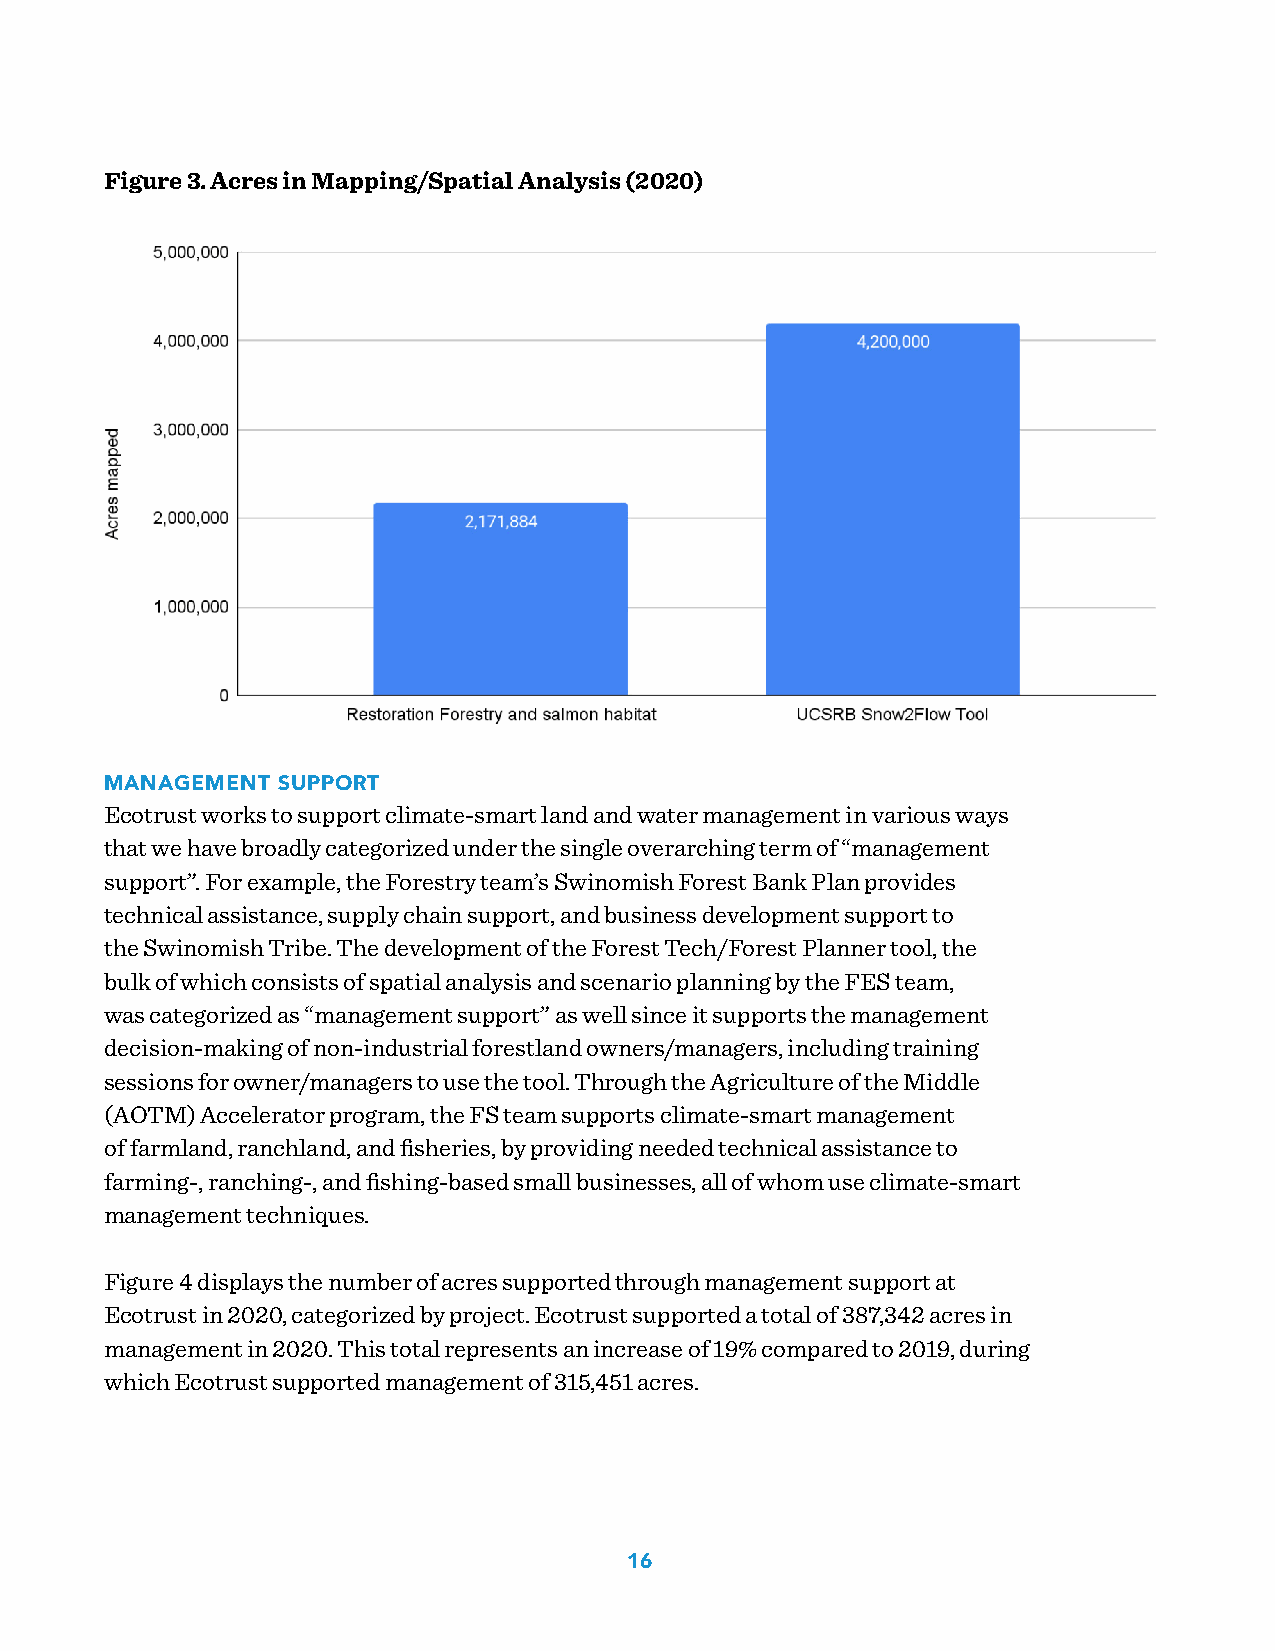
Figure 3. Acres in Mapping/Spatial Analysis (2020)
 MANAGEMENT SUPPORT
 Ecotrust works to support climate-smart land and water management in various ways
 that we have broadly categorized under the single overarching term of “management
 support”. For example, the Forestry team’s Swinomish Forest Bank Plan provides
 technical assistance, supply chain support, and business development support to
 the Swinomish Tribe. The development of the Forest Tech/Forest Planner tool, the
 bulk of which consists of spatial analysis and scenario planning by the FES team,
 was categorized as “management support” as well since it supports the management
 decision-making of non-industrial forestland owners/managers, including training
 sessions for owner/managers to use the tool. Through the Agriculture of the Middle
 (AOTM) Accelerator program, the FS team supports climate-smart management
 of farmland, ranchland, and fisheries, by providing needed technical assistance to
 farming-, ranching-, and fishing-based small businesses, all of whom use climate-smart
 management techniques.
 Figure 4 displays the number of acres supported through management support at
 Ecotrust in 2020, categorized by project. Ecotrust supported a total of 387,342 acres in
 management in 2020. This total represents an increase of 19% compared to 2019, during
 which Ecotrust supported management of 315,451 acres.
 16